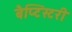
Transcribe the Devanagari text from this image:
बैप्टिस्टरी